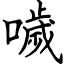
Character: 噦